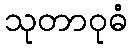
သုတာဝုဓံ